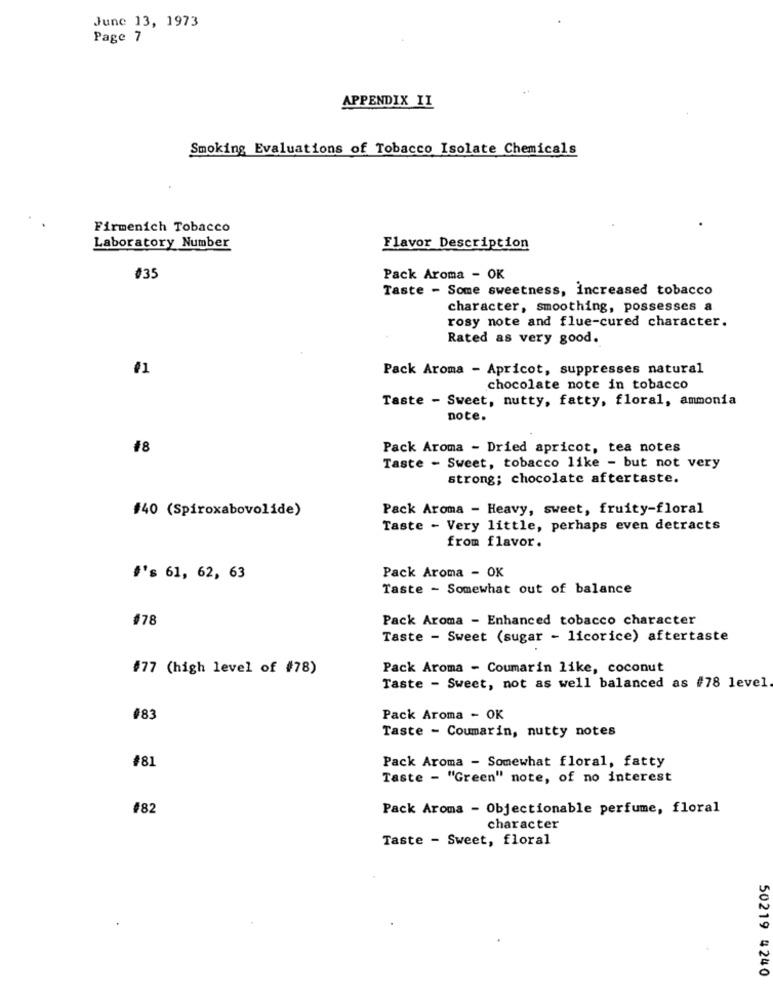
June 13, 1973
Page 7
APPENDIX II
Smoking Evaluations of Tobacco Isolate Chemicals
Firmenich Tobacco
Laboratory Number
Flavor Description
$35
Pack Aroma - OK
Taste - Some sweetness, Increased tobacco
character, smoothing, possesses a
rosy note and flue-cured character.
Rated as very good.
11
Pack Aroma - Apricot, suppresses natural
chocolate note in tobacco
Taste - Sweet, nutty, fatty, floral, ammonia
note.
18
Pack Aroma - Dried apricot, tea notes
Taste - Sweet, tobacco like - but not very
strong; chocolate aftertaste.
#40 (Spiroxabovolide)
Pack Aroma - Heavy, sweet, fruity-floral
Taste - Very little, perhaps even detracts
from flavor.
Pack Aroma - OK
#'s 61, 62, 63
Taste - Somewhat out of balance
#78
Pack Aroma - Enhanced tobacco character
Taste - Sweet (sugar - licorice) aftertaste
#77 (high level of #78)
Pack Aroma - Coumarin like, coconut
Taste - Sweet, not as well balanced as #78 level
#83
Pack Aroma - OK
Taste - Coumarin, nutty notes
#81
Pack Aroma - Somewhat floral, fatty
Taste - "Green" note, of no interest
#82
Pack Aroma - Objectionable perfume, floral
character
Taste - Sweet, floral
50219 4240